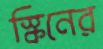
স্কিনের